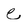
Character: e